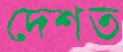
দেশত